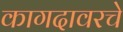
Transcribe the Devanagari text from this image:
कागदावरचे